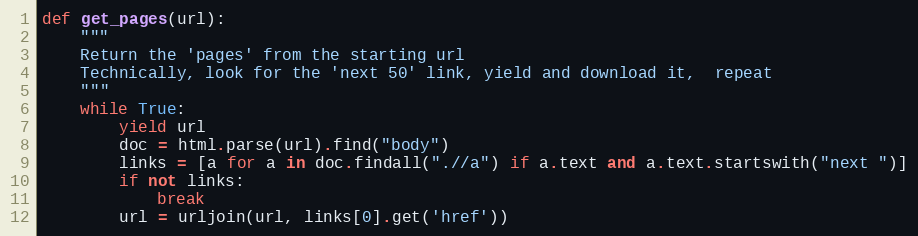
Language: Python
def get_pages(url):
    """
    Return the 'pages' from the starting url
    Technically, look for the 'next 50' link, yield and download it,  repeat
    """
    while True:
        yield url
        doc = html.parse(url).find("body")
        links = [a for a in doc.findall(".//a") if a.text and a.text.startswith("next ")]
        if not links:
            break
        url = urljoin(url, links[0].get('href'))